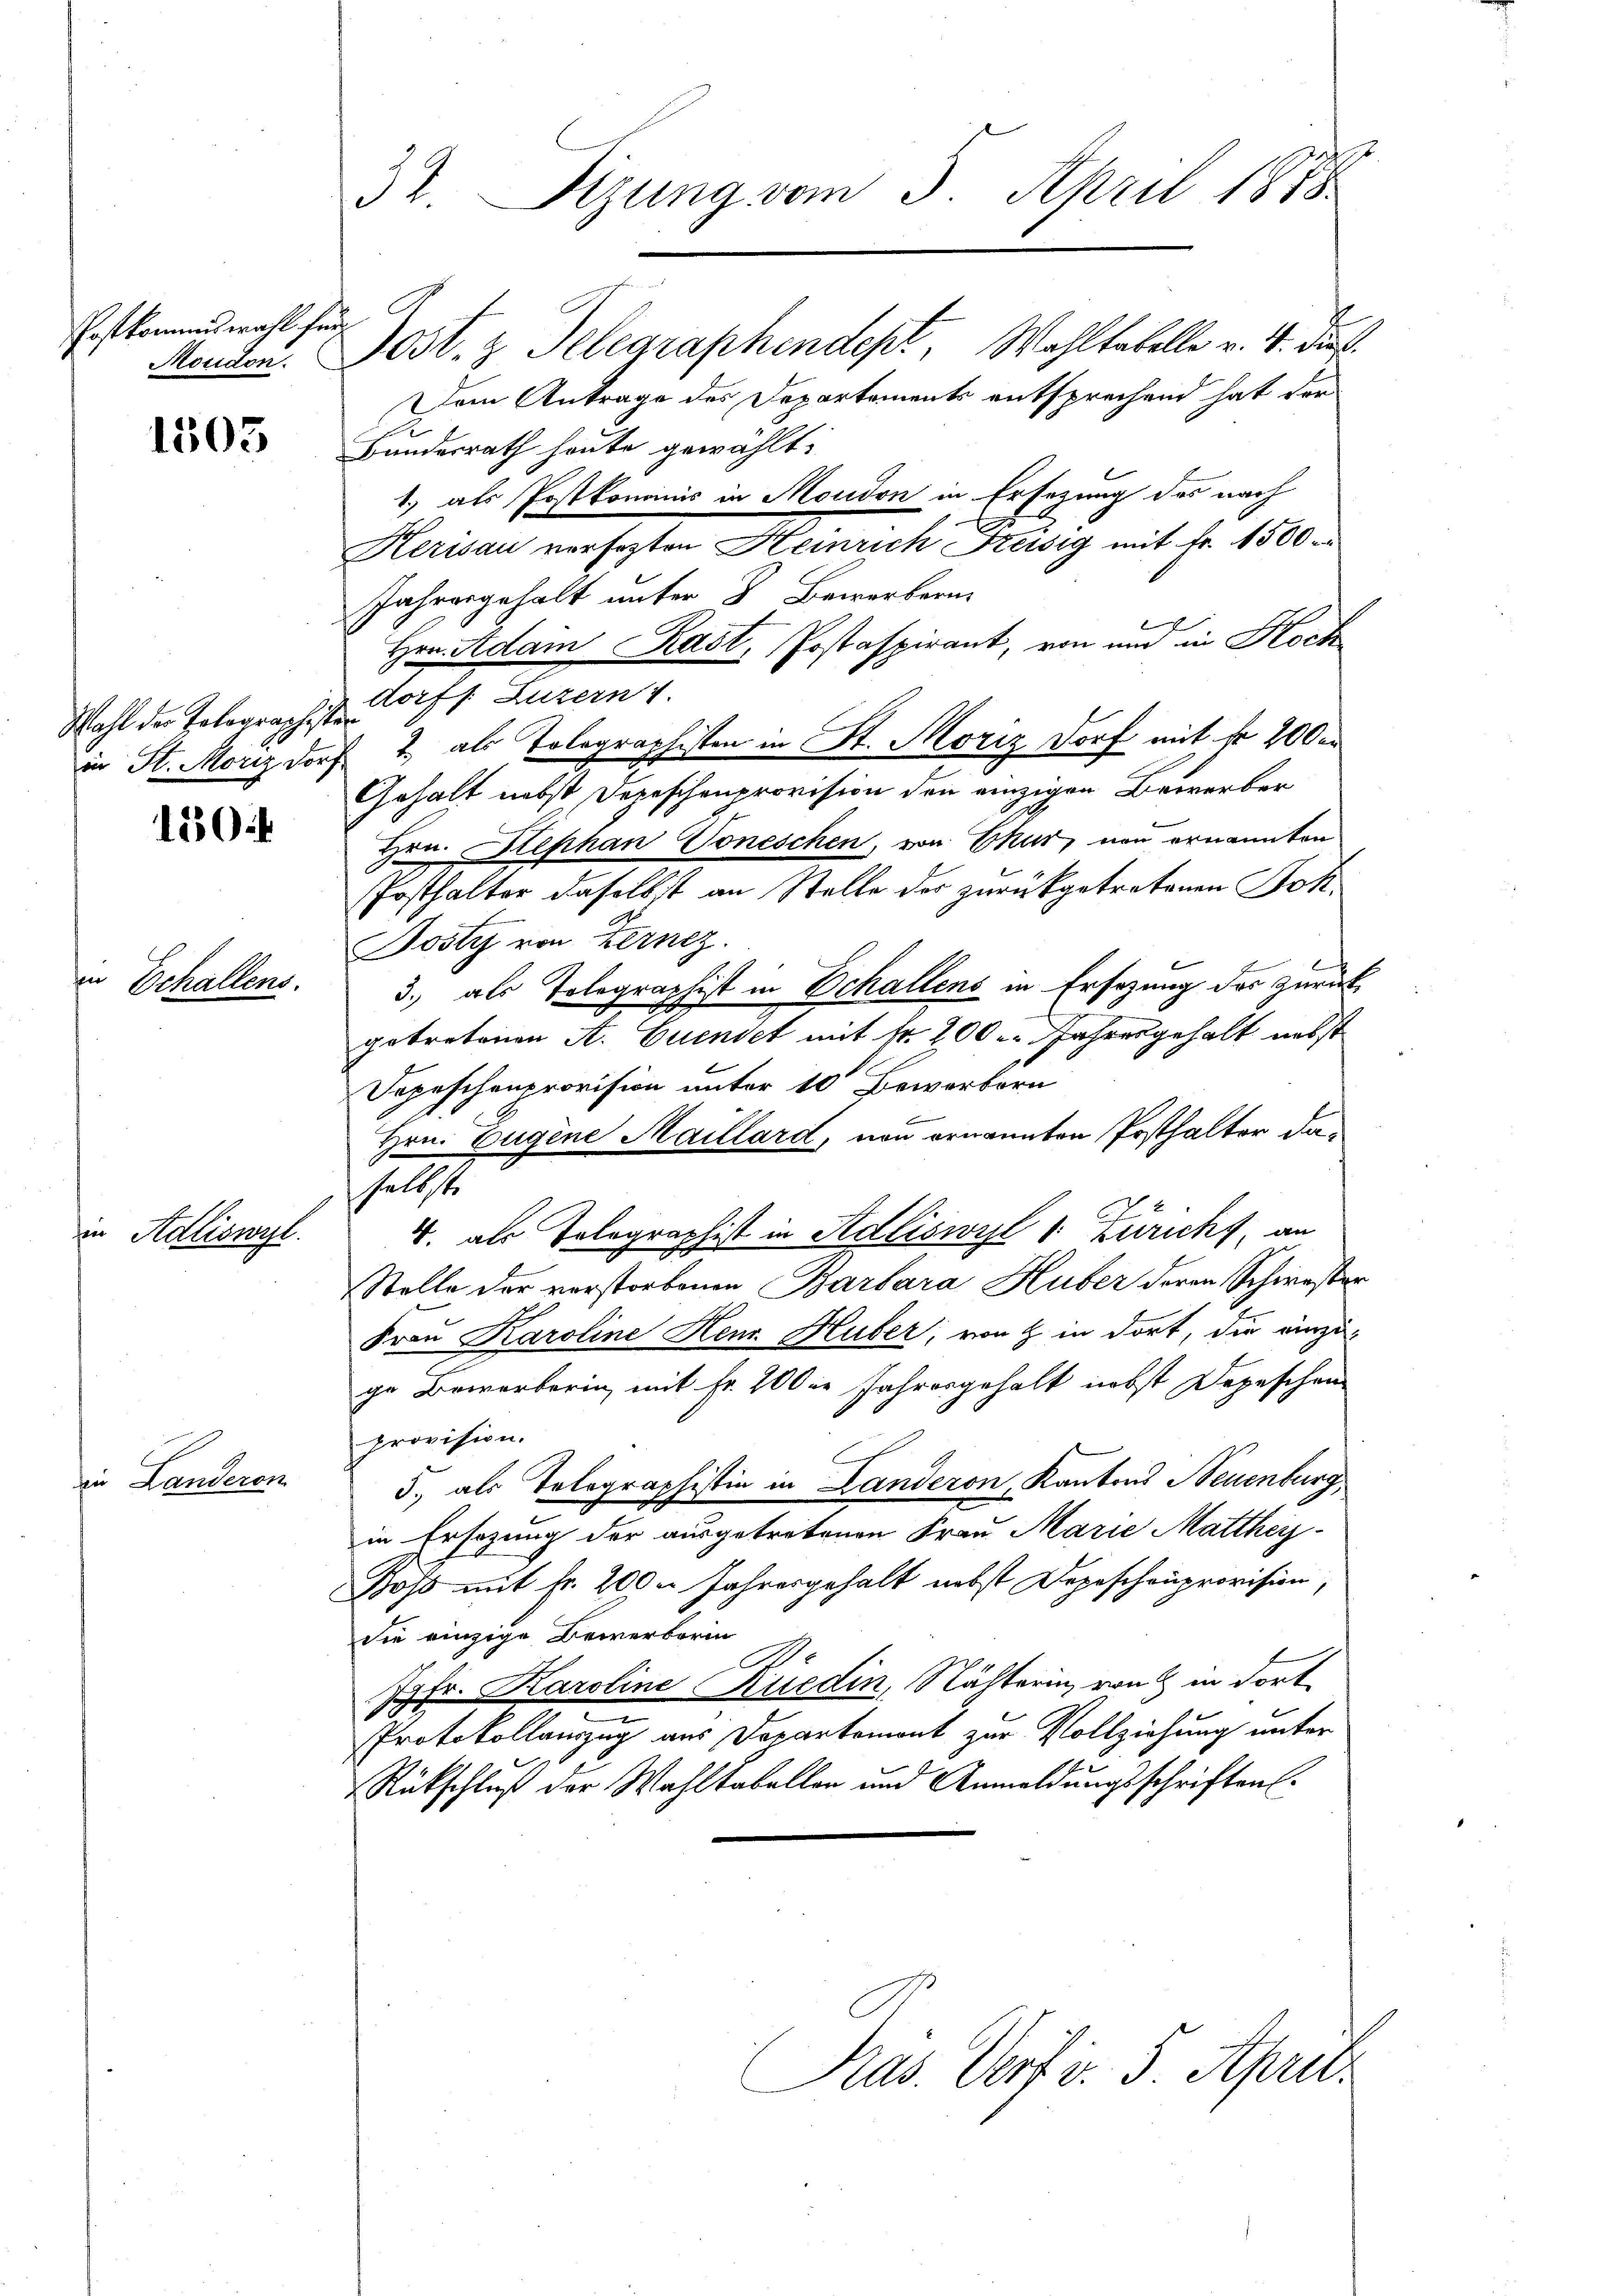
Postkommiswahl für
Moudon.

1505

Wahl der Tolographist
in St. Moriz Dorf

150

in Schallens.

in Adliswyl

sien Landeren

32. Sizung vom 5. April 1878

C

ost. z. Telegraphendept, Wahltabelle v. 4. Die
Dem Antrage des Departements entsprechend hat der
Bundesrath heute gewählt.
1.) als Postkonomis in Moudon in Ersezung des nach
Herisau versagten Heinrich Freisig mit Fr. 1500 r
Jahresgehalt unter 8 Bewerbern
Hrn. Adam Rast, Postaspirant, von und in Hoch
dorff Luzern
2., als Tolographisten in St. Moriz Dorf mit fr 200 er
Gehalt nebst Depeschenprovision den einzigen Bewerber
Hrn. Stephan Toneschen, von Mur, non ernannten
Posthalter daselbst an Stelle der zurückgetretenen Joh¬
Joity von Zernz.
3.) als Tolographist in Schallens in Ersezung des zurück
getretenen A. Euendet mit fr. 200 l. Jahresgehalt nebst
Dopeschenprovision unter 10 Bewerbern
Hrn. Eugene Maillard, von ernannten Posthalter daselbst
4. als Telegraphist in Adliswyl v. Züricht, an
Stelle der verstorbenen Barbara Huber deren Schwester
Frau Karoline Henr. Huber, von 2 in dort, die einzuge Bewerberin, mit Fr. 20 die Jahresgehalt nebst Depeschen
provision.
3.) als Telegraphistin in Landeron, Kantons Neuenburg
in Ersezung der ausgetretenen Frau Marie Matthey
oss mit Fr. 200. Jahresgehalt nebst Depeschenprovision,
Sie einzige Bewerberin
Jgfr. Karoline Rüedin, Nächterin, von in dort
Protokollauszug aus Departemont zur Vollziehung unter
Rückschluß der Wahlkabellen und Anmeldungsschriften
Präs. Vort v. 5. April